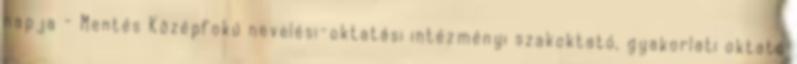
napja - Mentés Középfokú nevelési-oktatási intézményi szakoktató, gyakorlati oktató